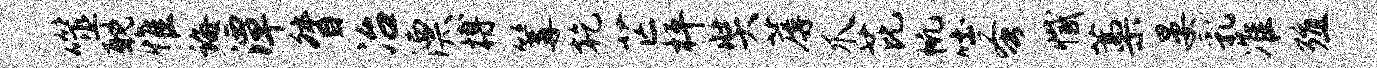
噬耽惟诲潭督冶漂搏篝乾芒枰奘蓐爪芘帆吐蚤撼藁晏乳准殖